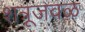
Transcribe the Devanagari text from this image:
शत्रूजवळ